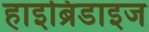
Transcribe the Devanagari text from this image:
हाइब्रिडाइज